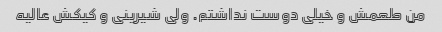
من طعمش و خیلی دوست نداشتم. ولی شیرینی و کیکش عالیه